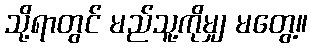
သို့ရာတွင် မည်သူ့ကိုမျှ မတွေ့။